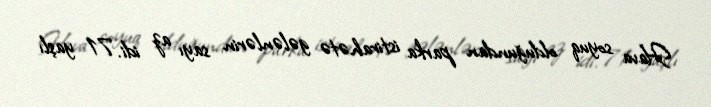
Hava soyuq olduğundan parka istirahətə gələnlərin sayı az idi. 71 yaşlı